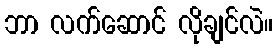
ဘာ လက်ဆောင် လိုချင်လဲ။